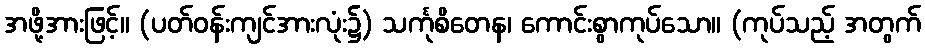
အဖို့အားဖြင့်။ (ပတ်ဝန်းကျင်အားလုံး၌) သင်္ကုစိတေန၊ ကောင်းစွာကုပ်သော။ (ကုပ်သည့် အတွက်